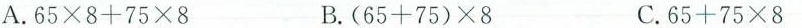
A.$$6 5 \times 8 + 7 5 \times 8$$ B.